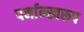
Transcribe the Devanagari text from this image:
पर्नाम्स्वरूप